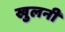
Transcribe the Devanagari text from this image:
खुलनी